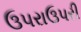
ઉપરાઉપરી